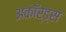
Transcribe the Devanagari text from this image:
अकॉर्ड्स